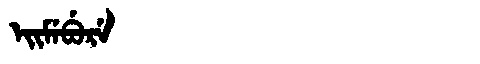
Manchu: ᡝᡳᠮᡝᠪᡠᡵᡝ
Romanization: EIMEBURE